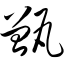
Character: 甑